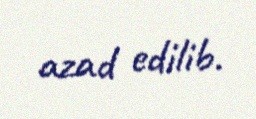
azad edilib.